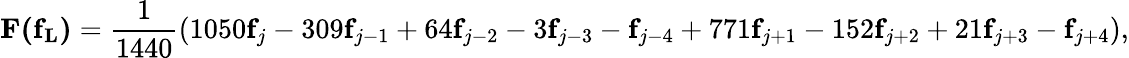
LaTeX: \mathbf{F(f_{L})}=\frac{1}{1440}(1050\mathbf{f}_{j}-309\mathbf{f}_{j-1}+64\mathbf{f}_{j-2}-3\mathbf{f}_{j-3}-\mathbf{f}_{j-4}+771\mathbf{f}_{j+1}-152\mathbf{f}_{j+2}+21\mathbf{f}_{j+3}-\mathbf{f}_{j+4}),